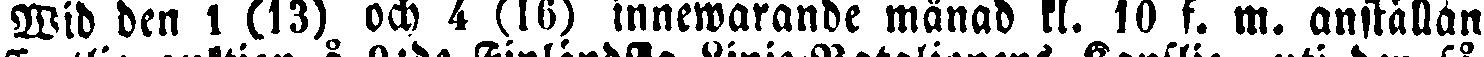
Wid den 1 (13) och 4 (16) innewarande månad kl. 10 f. m. anställan